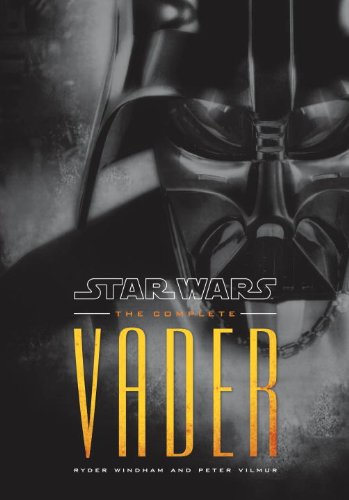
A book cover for The Complete Vader: Star Wars (Star Wars - Legends); Ryder Windham; Humor & Entertainment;